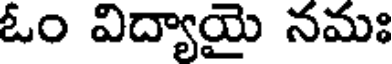
ఓం విద్యాయై నమః